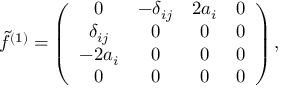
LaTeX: \tilde { f } ^ { ( 1 ) } = \left( \begin{array} { c c c c } { { 0 } } & { { - \delta _ { i j } } } & { { 2 a _ { i } } } & { { 0 } } \\ { { \delta _ { i j } } } & { { 0 } } & { { 0 } } & { { 0 } } \\ { { - 2 a _ { i } } } & { { 0 } } & { { 0 } } & { { 0 } } \\ { { 0 } } & { { 0 } } & { { 0 } } & { { 0 } } \end{array} \right) ,